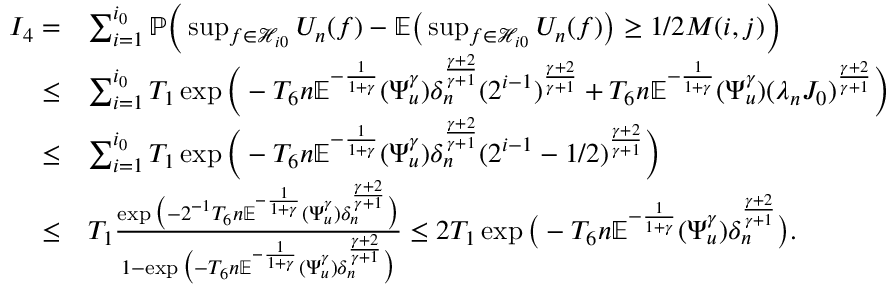
\begin{array} { r l } { I _ { 4 } = } & { \sum _ { i = 1 } ^ { i _ { 0 } } \mathbb { P } \Big ( \operatorname* { s u p } _ { f \in \mathcal { H } _ { i 0 } } U _ { n } ( f ) - \mathbb { E } \big ( \operatorname* { s u p } _ { f \in \mathcal { H } _ { i 0 } } U _ { n } ( f ) \big ) \geq 1 / 2 M ( i , j ) \Big ) } \\ { \leq } & { \sum _ { i = 1 } ^ { i _ { 0 } } T _ { 1 } \exp \Big ( - T _ { 6 } n \mathbb { E } ^ { - \frac { 1 } { 1 + \gamma } } ( \Psi _ { u } ^ { \gamma } ) \delta _ { n } ^ { \frac { \gamma + 2 } { \gamma + 1 } } ( 2 ^ { i - 1 } ) ^ { \frac { \gamma + 2 } { \gamma + 1 } } + T _ { 6 } n \mathbb { E } ^ { - \frac { 1 } { 1 + \gamma } } ( \Psi _ { u } ^ { \gamma } ) ( \lambda _ { n } J _ { 0 } ) ^ { \frac { \gamma + 2 } { \gamma + 1 } } \Big ) } \\ { \leq } & { \sum _ { i = 1 } ^ { i _ { 0 } } T _ { 1 } \exp \Big ( - T _ { 6 } n \mathbb { E } ^ { - \frac { 1 } { 1 + \gamma } } ( \Psi _ { u } ^ { \gamma } ) \delta _ { n } ^ { \frac { \gamma + 2 } { \gamma + 1 } } ( 2 ^ { i - 1 } - 1 / 2 ) ^ { \frac { \gamma + 2 } { \gamma + 1 } } \Big ) } \\ { \leq } & { T _ { 1 } \frac { \exp \big ( - 2 ^ { - 1 } T _ { 6 } n \mathbb { E } ^ { - \frac { 1 } { 1 + \gamma } } ( \Psi _ { u } ^ { \gamma } ) \delta _ { n } ^ { \frac { \gamma + 2 } { \gamma + 1 } } \big ) } { 1 - \exp \big ( - T _ { 6 } n \mathbb { E } ^ { - \frac { 1 } { 1 + \gamma } } ( \Psi _ { u } ^ { \gamma } ) \delta _ { n } ^ { \frac { \gamma + 2 } { \gamma + 1 } } \big ) } \leq 2 T _ { 1 } \exp \big ( - T _ { 6 } n \mathbb { E } ^ { - \frac { 1 } { 1 + \gamma } } ( \Psi _ { u } ^ { \gamma } ) \delta _ { n } ^ { \frac { \gamma + 2 } { \gamma + 1 } } \big ) . } \end{array}